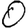
Digit: 0